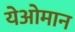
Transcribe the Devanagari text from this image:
येओमान